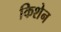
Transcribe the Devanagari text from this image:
किशेन